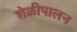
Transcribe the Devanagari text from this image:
शेळीपालन